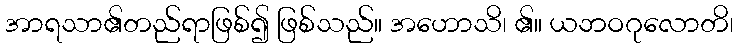
အာရသာ၏တည်ရာဖြစ်၍ ဖြစ်သည်။ အဟောသိ၊ ၏။ ယဘဝဂုလောတိ၊